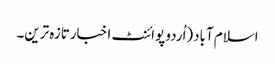
اسلام آباد(اُردو پوائنٹ اخبارتازہ ترین۔